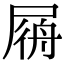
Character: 𡲟